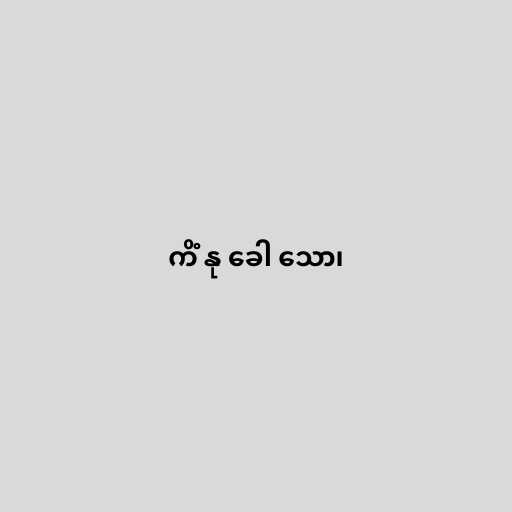
ကိံ နု ခေါ သော၊